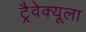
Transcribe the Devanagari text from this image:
ट्रैवेक्यूला